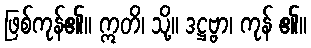
ဖြစ်ကုန်၏။ ဣတိ၊ သို့။ ဒဋ္ဌဗ္ဗာ၊ ကုန် ၏။